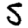
Digit: 5